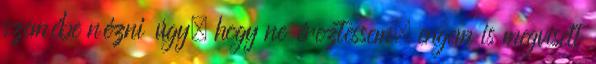
szemébe nézni úgy, hogy ne éreztessem, engem is megviselt